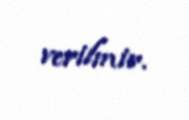
verilmir.